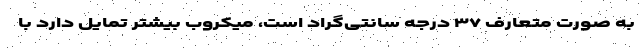
به صورت متعارف ۳۷ درجه سانتی‌گراد است، میکروب بیشتر تمایل دارد با